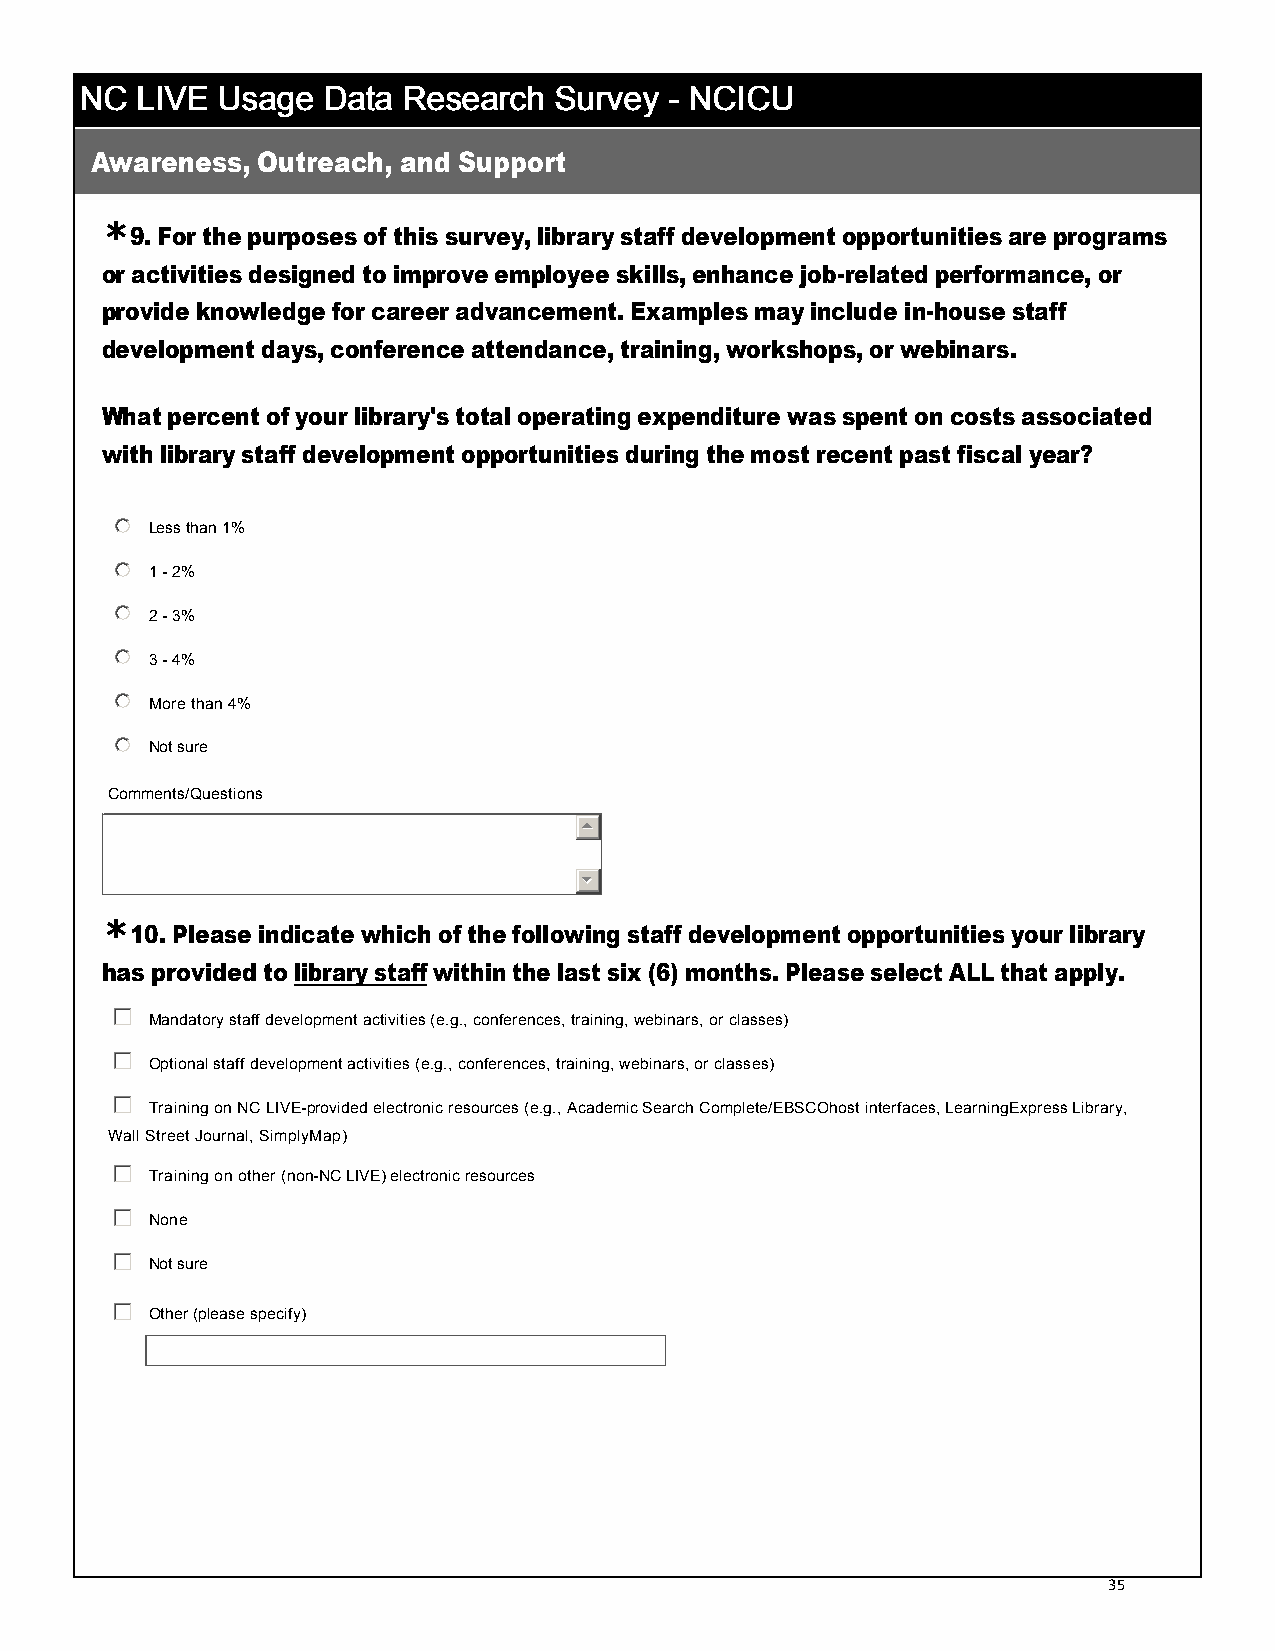
NNNNCCCC LLLLIIIIVVVVEEEE UUUUssssaaaaggggeeee DDDDaaaattttaaaa RRRReeeesssseeeeaaaarrrrcccchhhh SSSSuuuurrrrvvvveeeeyyyy ---- NNNNCCCCIIIICCCCUUUU
 Awareness, Outreach, and Support
 *
 9. For the purposes of this survey, library staff development opportunities are programs
 or activities designed to improve employee skills, enhance job-­related performance, or
 provide knowledge for career advancement. Examples may include in-­house staff
 development days, conference attendance, training, workshops, or webinars.
 What percent of your library's total operating expenditure was spent on costs associated
 with library staff development opportunities during the most recent past fiscal year?
  Less than 1%
  1 -­ 2%
  2 -­ 3%
  3 -­ 4%
  More than 4%
  Not sure
 Comments/Questions
 
 
 *
 10. Please indicate which of the following staff development opportunities your library
 has provided to library staff within the last six (6) months. Please select ALL that apply.
  Mandatory staff development activities (e.g., conferences, training, webinars, or classes)
  Optional staff development activities (e.g., conferences, training, webinars, or classes)
  Training on NC LIVE-­provided electronic resources (e.g., Academic Search Complete/EBSCOhost interfaces, LearningExpress Library,
 Wall Street Journal, SimplyMap)
  Training on other (non-­NC LIVE) electronic resources
  None
  Not sure
  Other (please specify)
 35